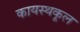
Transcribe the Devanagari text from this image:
कायस्थकूल